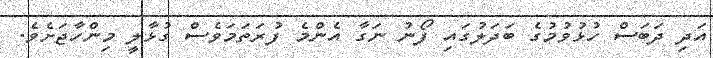
އަދި ދަބަސް ހުޅުވުމުގެ ބަދަލުގައި ފޯނު ނަގާ އެންމެ ފުރަތަމަވެސް ގުޅާލީ މިންހާޖަށެވެ.